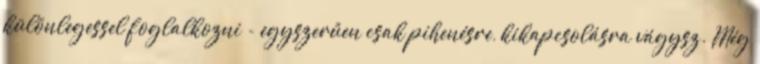
különlegessel foglalkozni - egyszerűen csak pihenésre, kikapcsolásra vágysz. Még